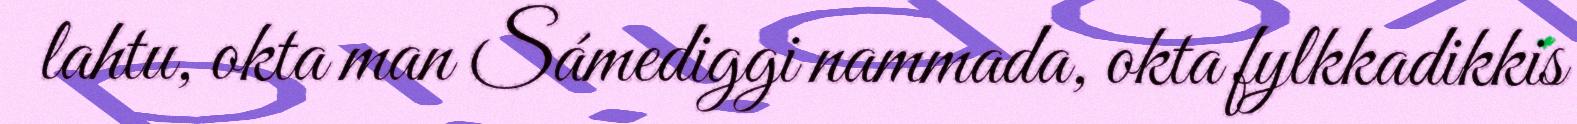
lahtu, okta man Sámediggi nammada, okta fylkkadikkis